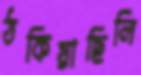
ঠকিয়াছিলি